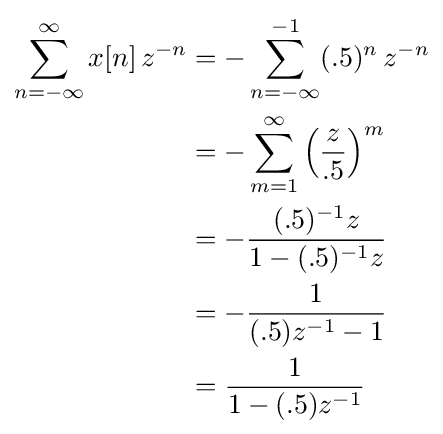
{\begin{aligned}\sum _{n=-\infty }^{\infty }x[n]\,z^{-n}&=-\sum _{n=-\infty }^{-1}(.5)^{n}\,z^{-n}\\&=-\sum _{m=1}^{\infty }\left({\frac {z}{.5}}\right)^{m}\\&=-{\frac {(.5)^{-1}z}{1-(.5)^{-1}z}}\\&=-{\frac {1}{(.5)z^{-1}-1}}\\&={\frac {1}{1-(.5)z^{-1}}}\\\end{aligned}}